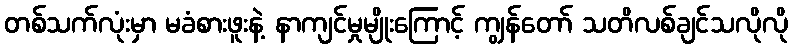
တစ်သက်လုံးမှာ မခံစားဖူးနဲ့ နာကျင်မှုမျိုးကြောင့် ကျွန်တော် သတိလစ်ချင်သလိုလို